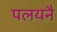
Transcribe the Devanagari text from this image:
पलयनै